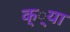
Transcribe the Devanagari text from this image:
क््या